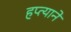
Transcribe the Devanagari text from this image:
हप्त्याने